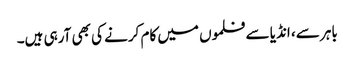
باہر سے، انڈیا سے فلموں میں کام کرنے کی بھی آرہی ہیں۔